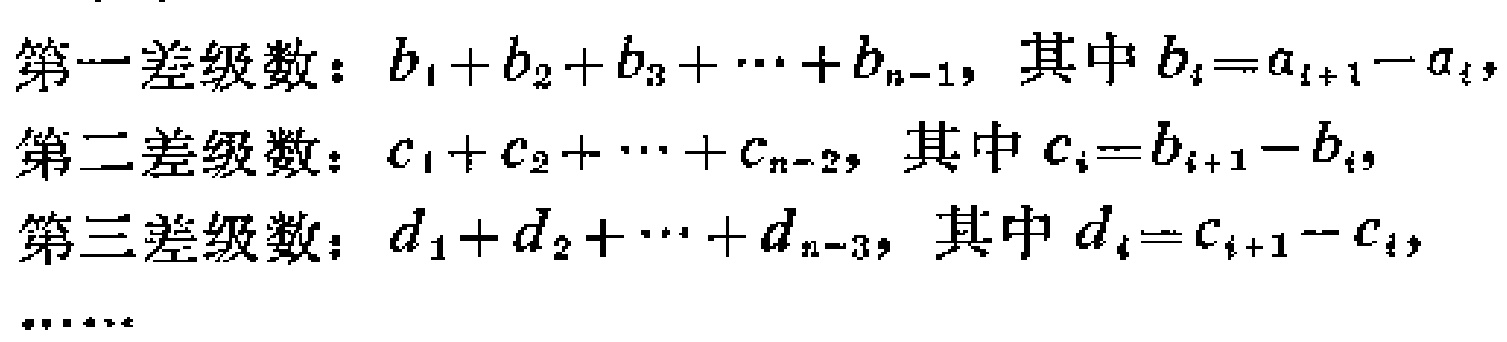
第一差级数：\(b_1 + b_2 + b_3 + \cdots + b_{n - 1}\)，其中\(b_i = a_{i + 1} - a_i\)，
第二差级数：\(c_1 + c_2 + \cdots + c_{n - 2}\)，其中\(c_i = b_{i + 1} - b_i\)，
第三差级数：\(d_1 + d_2 + \cdots + d_{n - 3}\)，其中\(d_i = c_{i + 1} - c_i\)，
\(\cdots\cdots\)